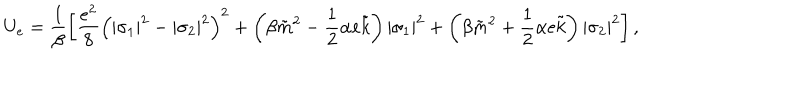
U _ { e } = \frac { 1 } { \beta } \left[ \frac { e ^ { 2 } } { 8 } \left( | \sigma _ { 1 } | ^ { 2 } - | \sigma _ { 2 } | ^ { 2 } \right) ^ { 2 } + \left( \beta \tilde { m } ^ { 2 } - \frac { 1 } { 2 } \alpha e \tilde { k } \right) | \sigma _ { 1 } | ^ { 2 } + \left( \beta \tilde { m } ^ { 2 } + \frac { 1 } { 2 } \alpha e \tilde { k } \right) | \sigma _ { 2 } | ^ { 2 } \right] ,